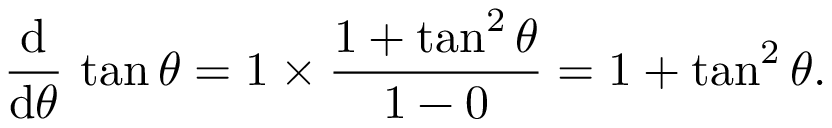
{ \frac { \operatorname { d } } { \operatorname { d } \! \theta } } \, \tan \theta = 1 \times { \frac { 1 + \tan ^ { 2 } \theta } { 1 - 0 } } = 1 + \tan ^ { 2 } \theta .